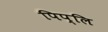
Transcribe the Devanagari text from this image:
पिप्लि